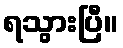
ရသွားပြီ။